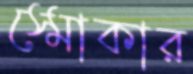
স্মোকার